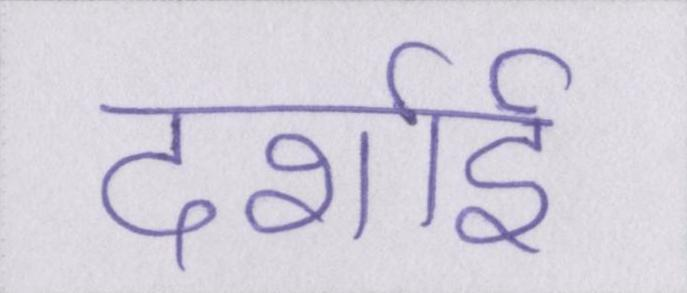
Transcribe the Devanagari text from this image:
दर्शाई